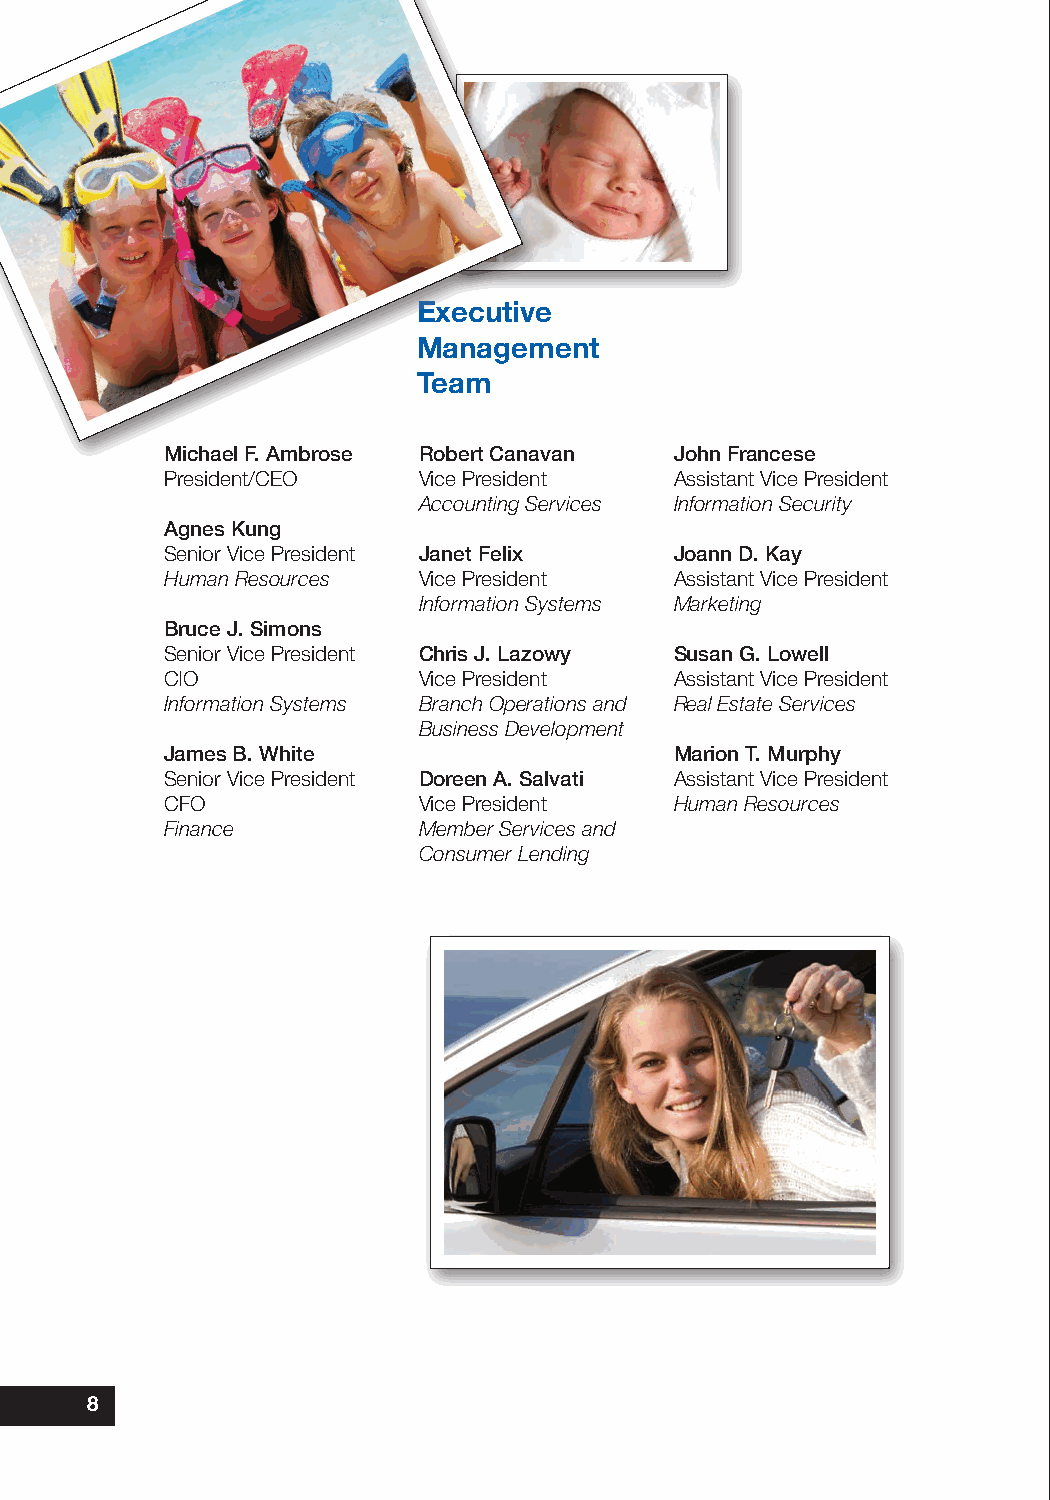
Executive
 Management
 Team
 Michael F. Ambrose Robert Canavan John Francese
 President/CEO    Vice President   Assistant Vice President
 Accounting Services Information Security
 Agnes Kung
 Senior Vice President Janet Felix Joann D. Kay
 Human Resources  Vice President   Assistant Vice President
 Information Systems Marketing
 Bruce J. Simons
 Senior Vice President Chris J. Lazowy Susan G. Lowell
 CIO              Vice President   Assistant Vice President
 Information Systems Branch Operations and Real Estate Services
 Business Development
 James B. White                    Marion T. Murphy
 Senior Vice President Doreen A. Salvati Assistant Vice President
 CFO              Vice President   Human Resources
 Finance          Member Services and
 Consumer Lending
 8